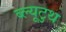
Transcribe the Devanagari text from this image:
ब्ल्यूटुथ